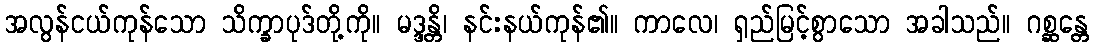
အလွန်ငယ်ကုန်သော သိက္ခာပုဒ်တို့ကို။ မဒ္ဒန္တိ၊ နင်းနယ်ကုန်၏။ ကာလေ၊ ရှည်မြင့်စွာသော အခါသည်။ ဂစ္ဆန္တေ